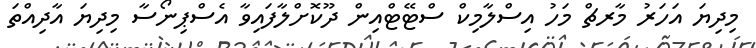
މިދިޔަ އަހަރު މާރޗް މަހު އިސްލާމިކް ސްޓޭޓްއިން ދޫކޮށްލާފައިވާ އެސްޕިނޯސާ މިދިޔަ އާދިއްތަ